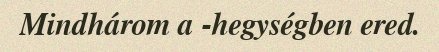
Mindhárom a -hegységben ered.